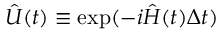
{ \hat { U } ( t ) \equiv \exp ( - i \hat { H } ( t ) \Delta t ) }